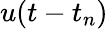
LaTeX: u(t-t_{n})